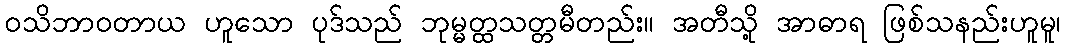
ဝသိဘာဝတာယ ဟူသော ပုဒ်သည် ဘုမ္မတ္ထသတ္တမီတည်း။ အတီသို့ အာဓာရ ဖြစ်သနည်းဟူမူ၊